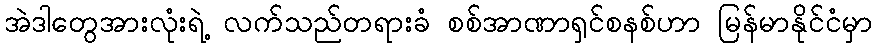
အဲဒါတွေအားလုံးရဲ့ လက်သည်တရားခံ စစ်အာဏာရှင်စနစ်ဟာ မြန်မာနိုင်ငံမှာ